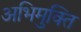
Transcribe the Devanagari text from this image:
अभिमुक्ति